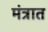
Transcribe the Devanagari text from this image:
मंत्रात